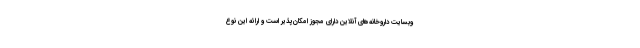
وبسایت داروخانه‌های آنلاین دارای مجوز امکان‌پذیر است و ارائه این نوع